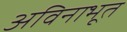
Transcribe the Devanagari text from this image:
अविनाभूत